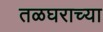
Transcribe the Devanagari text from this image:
तळघराच्या